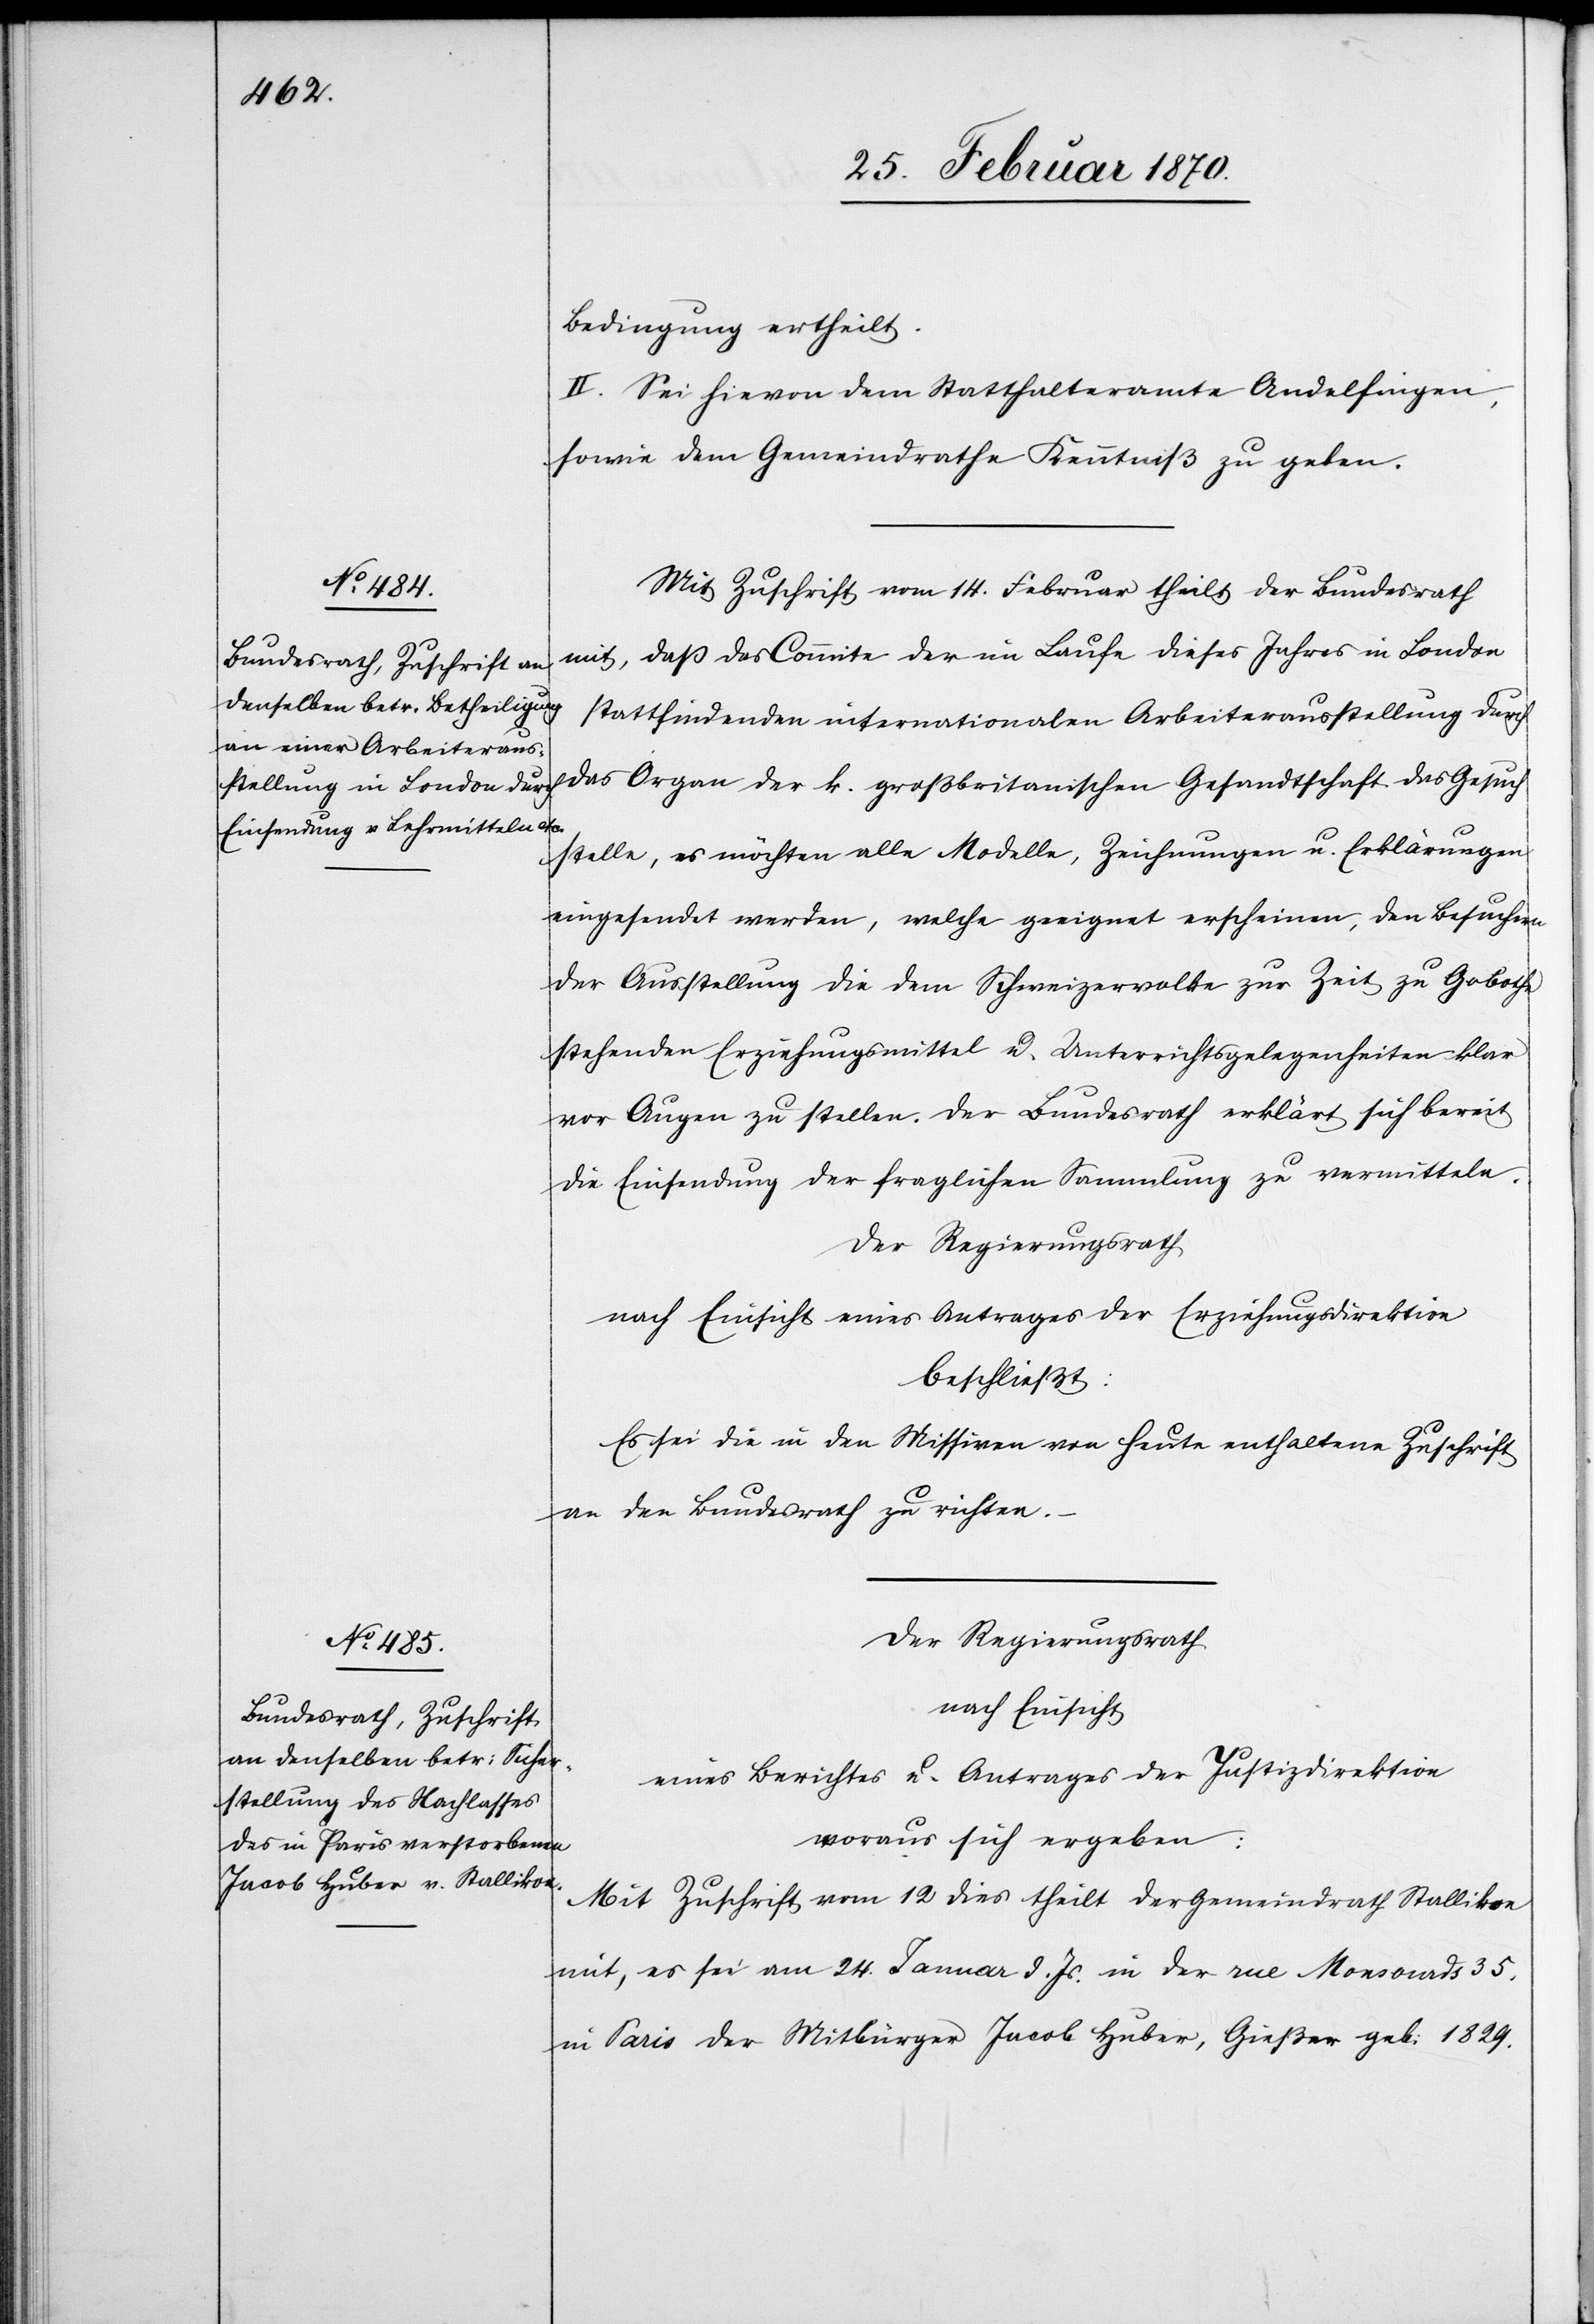
Bedingung[en] ertheilt.
[sic!] Sei hievon dem Statthalteramte Andelfingen,
sowie dem Gemeindrathe Kenntniß zu geben.
Mit Zuschrift vom 14. Februar theilt der Bundesrath
mit, daß das Commite der im Laufe dieses Jahres in London
stattfindenden internationalen Arbeiterausstellung durch
das Organ der k. großbritanischen Gesandtschaft das Gesuch
stelle, es möchten alle Modelle, Zeichnungen u. Erklärungen
eingesendet werden, welche geeignet erscheinen, den Besuchern
der Ausstellung die dem Schweizervolke zur Zeit zu Gebothe
stehenden Erziehungsmittel u. Unterrichtsgelegenheiten klar
vor Augen zu stellen. Der Bundesrath erklärt sich bereit
die Einsendung der fraglichen Sammlung zu vermitteln.
Der Regierungsrath
nach Einsicht eines Antrages der Erziehungsdirektion
beschließt:
Es sei die in den Missiven von heute enthaltene Zuschrift
an den Bundesrath zu richten.
Der Regierungsrath
nach Einsicht
eines Berichtes u. Antrages der Justizdirektion
woraus sich ergeben:
Mit Zuschrift vom 12 dies theilt der Gemeindrath Stallikon
mit, es sei am 24. Januar d. Js. in der rue Monsourds 35.
in Paris der Mitbürger Jacob Huber, Gießer geb. 1829.